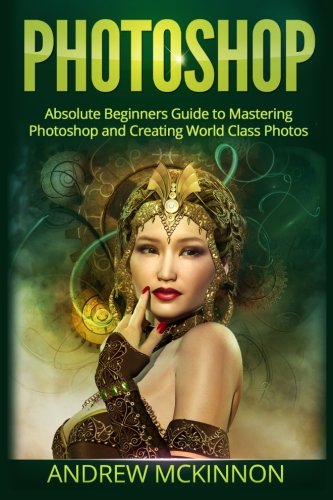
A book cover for Photoshop: Absolute Beginners Guide to Mastering Photoshop and Creating World Cla; Andrew Mckinnon; Computers & Technology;